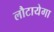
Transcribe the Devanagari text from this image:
लौटायेगा